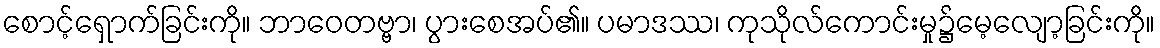
စောင့်ရှောက်ခြင်းကို။ ဘာဝေတဗ္ဗာ၊ ပွားစေအပ်၏။ ပမာဒဿ၊ ကုသိုလ်ကောင်းမှု၌မေ့လျော့ခြင်းကို။